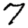
Digit: 7